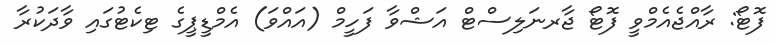
ފޮޓޯ: ރާއްޖެއެމްވީ ފޮޓޯ ޖާރނަލިސްޓް އަޝްވާ ފަހީމް (އައްވަ) އެމްޑީޕީގެ ޓިކެޓުގައި ވާދަކުރާ